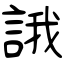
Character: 誐